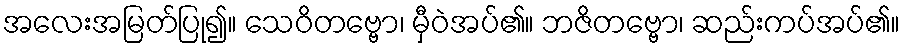
အလေးအမြတ်ပြု၍။ သေဝိတဗ္ဗော၊ မှီဝဲအပ်၏။ ဘဇိတဗ္ဗော၊ ဆည်းကပ်အပ်၏။